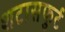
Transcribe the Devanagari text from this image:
शटासफुर्ट